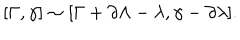
[ \Gamma , \gamma ] \sim [ \Gamma + \partial \Lambda - \lambda , \gamma - \partial \lambda ] .